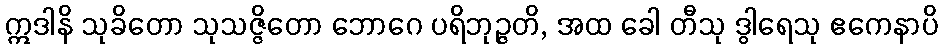
ဣဒါနိ သုခိတော သုသဇ္ဇိတော ဘောဂေ ပရိဘုဉ္ဇတိ, အထ ခေါ တီသု ဒွါရေသု ဧကေနာပိ